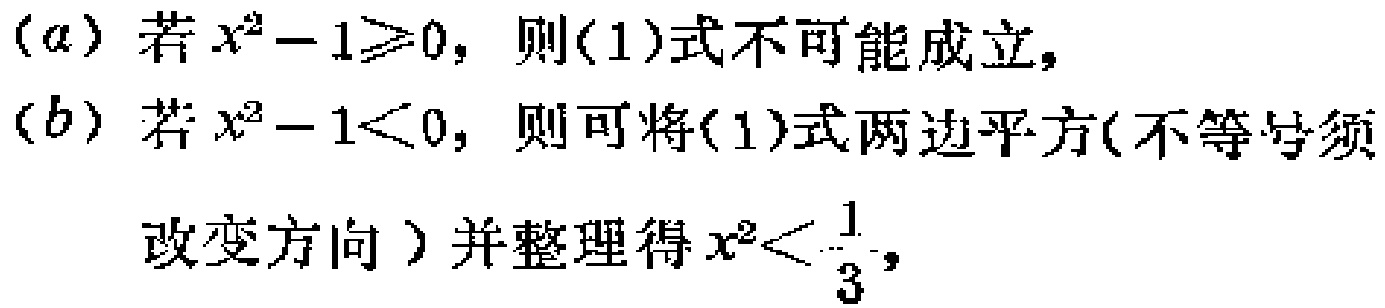
(a) 若$x^{2}-1\geqslant0$，则(1)式不可能成立，

(b) 若$x^{2}-1<0$，则可将(1)式两边平方(不等号须

改变方向）并整理得$x^{2}<\frac{1}{3}$，